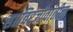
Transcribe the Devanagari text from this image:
सप्तचिरंजीवांतील